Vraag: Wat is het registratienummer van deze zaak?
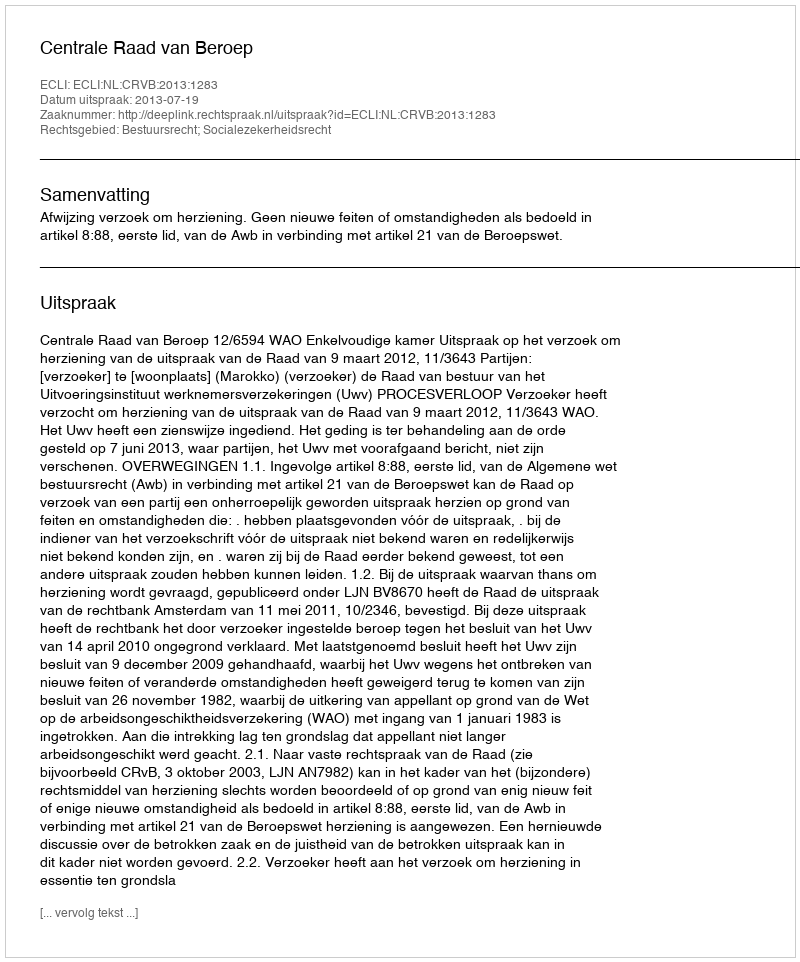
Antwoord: http://deeplink.rechtspraak.nl/uitspraak?id=ECLI:NL:CRVB:2013:1283